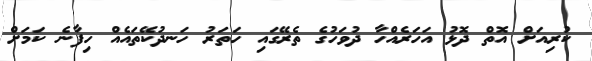
ކުރިއަށް އޮތް ދޮޅު އަހަރެއްހާ ދުވަހުގެ ތެރޭގައި ހަތަރު ހަނދުކޭތައެއް ހިފާނެ ކަމަށް